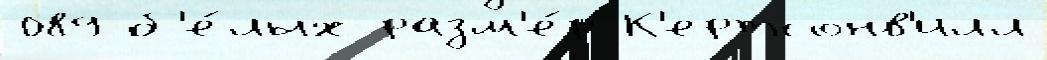
089 б'е́лых разм'е́р К'ертсонв'илл